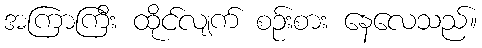
အကြာကြီး ထိုင်လျက် စဉ်းစား နေလေသည်။